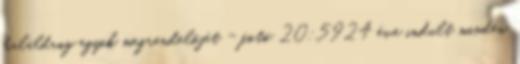
haláldrog egyik megrendelőjét - fotó 20:5924 éve indult minden